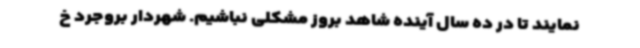
نمایند تا در ده سال آینده شاهد بروز مشکلی نباشیم. شهردار بروجرد خ